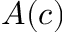
A ( c )